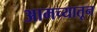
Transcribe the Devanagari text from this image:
आमच्यातून